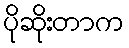
ပိုဆိုးတာက